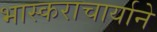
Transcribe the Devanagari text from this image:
भास्कराचार्याने